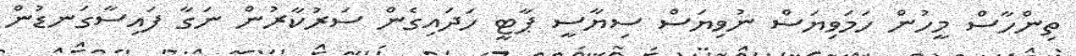
ތިންހާސް މީހުން ހަމަވިޔަސް ނުވިޔަސް ސިޔާސީ ޕާޓީ ހަދައިގެން ސަރުކާރުން ނަގާ ފައިސާގަނޑުން